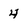
Character: 4